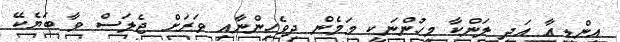
އިންޑިއާ އަދި ލަންކާ މީހުންނަކީ މަމެން ދިވެހިންނާއި ވަރަށް ޖެލަސް ވާ ބަޔެކޭ